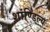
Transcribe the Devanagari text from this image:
शांण्डिल्य